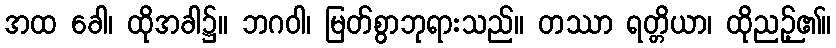
အထ ခေါ၊ ထိုအခါ၌။ ဘဂဝါ၊ မြတ်စွာဘုရားသည်။ တဿာ ရတ္တိယာ၊ ထိုညဉ့်၏။